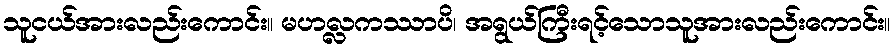
သူငယ်အားလည်းကောင်း။ မဟလ္လကဿာပိ၊ အရွယ်ကြီးရင့်သောသူအားလည်းကောင်း။